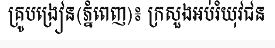
គ្រូបង្រៀន(ភ្នំពេញ)៖ ក្រសួងអប់រំយុវជន